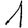
Digit: 1